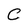
Character: C